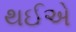
થઈએ